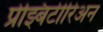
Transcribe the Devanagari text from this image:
प्रेझ्बिटीरिअन